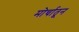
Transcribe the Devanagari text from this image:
मोर्चातून